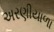
અરણીયાળા